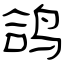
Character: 鸽